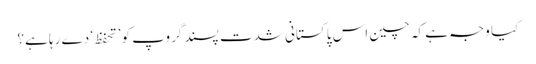
کیا وجہ ہے کہ چین اس پاکستانی شدت پسند گروپ کو ’تحفظ‘ دے رہا ہے؟